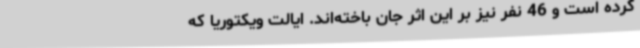
کرده است و 46 نفر نیز بر این اثر جان باخته‌اند. ایالت ویکتوریا که